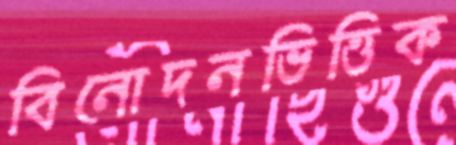
বিনোদনভিত্তিক